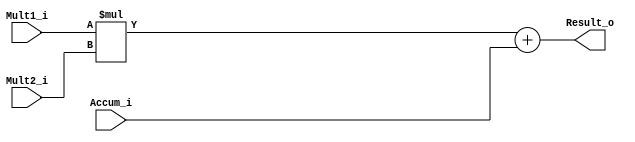
module Mac #(
    parameter MULT_SIZE = 8,
              ACCUM_SIZE = 8
)(
    Mult1_i,
    Mult2_i,
    Accum_i,
    Result_o
);

    localparam RESULT_SIZE = (MULT_SIZE+MULT_SIZE) > ACCUM_SIZE ? 
                             (MULT_SIZE+MULT_SIZE+1) : (ACCUM_SIZE+1);

    input signed [MULT_SIZE-1:0] Mult1_i, Mult2_i;
    input signed [ACCUM_SIZE-1:0] Accum_i;
    output signed [RESULT_SIZE-1:0] Result_o;

    wire signed [MULT_SIZE+MULT_SIZE:0] Product;
    wire signed [RESULT_SIZE-1:0] Sum;

    assign Product = Mult1_i * Mult2_i;
    assign Sum = Product + Accum_i;
    assign Result_o = Sum;
    
endmodule